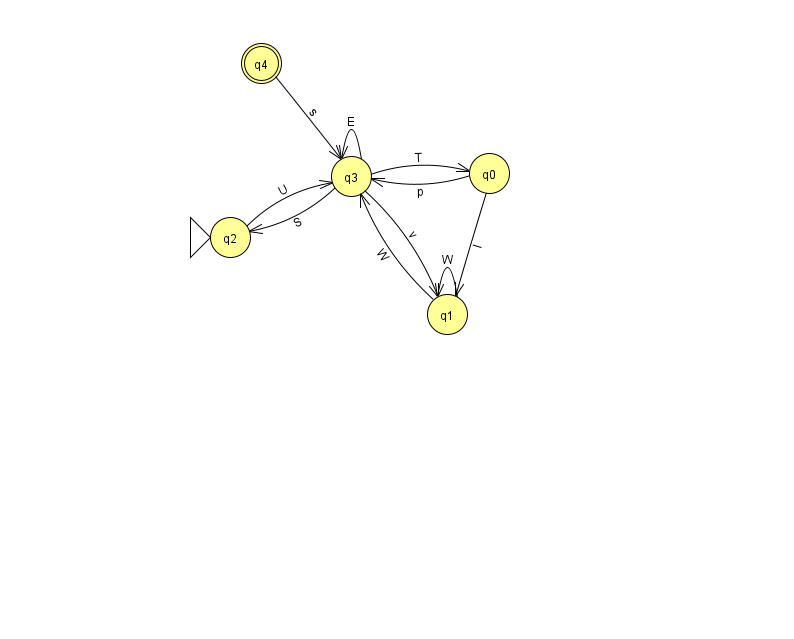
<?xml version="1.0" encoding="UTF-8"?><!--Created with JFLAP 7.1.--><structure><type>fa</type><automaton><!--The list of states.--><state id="0" name="q0"><x>489.0</x><y>160.0</y></state><state id="1" name="q1"><x>447.0</x><y>301.0</y></state><state id="2" name="q2"><x>230.0</x><y>224.0</y><initial/></state><state id="3" name="q3"><x>351.0</x><y>163.0</y></state><state id="4" name="q4"><x>261.0</x><y>50.0</y><final/></state><!--The list of transitions.--><transition><from>3</from><to>3</to><read>E</read></transition><transition><from>1</from><to>1</to><read>W</read></transition><transition><from>2</from><to>3</to><read>U</read></transition><transition><from>3</from><to>0</to><read>T</read></transition><transition><from>4</from><to>3</to><read>s</read></transition><transition><from>3</from><to>1</to><read>v</read></transition><transition><from>0</from><to>3</to><read>p</read></transition><transition><from>1</from><to>3</to><read>W</read></transition><transition><from>0</from><to>1</to><read>I</read></transition><transition><from>3</from><to>2</to><read>S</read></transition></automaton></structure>